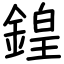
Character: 鍠